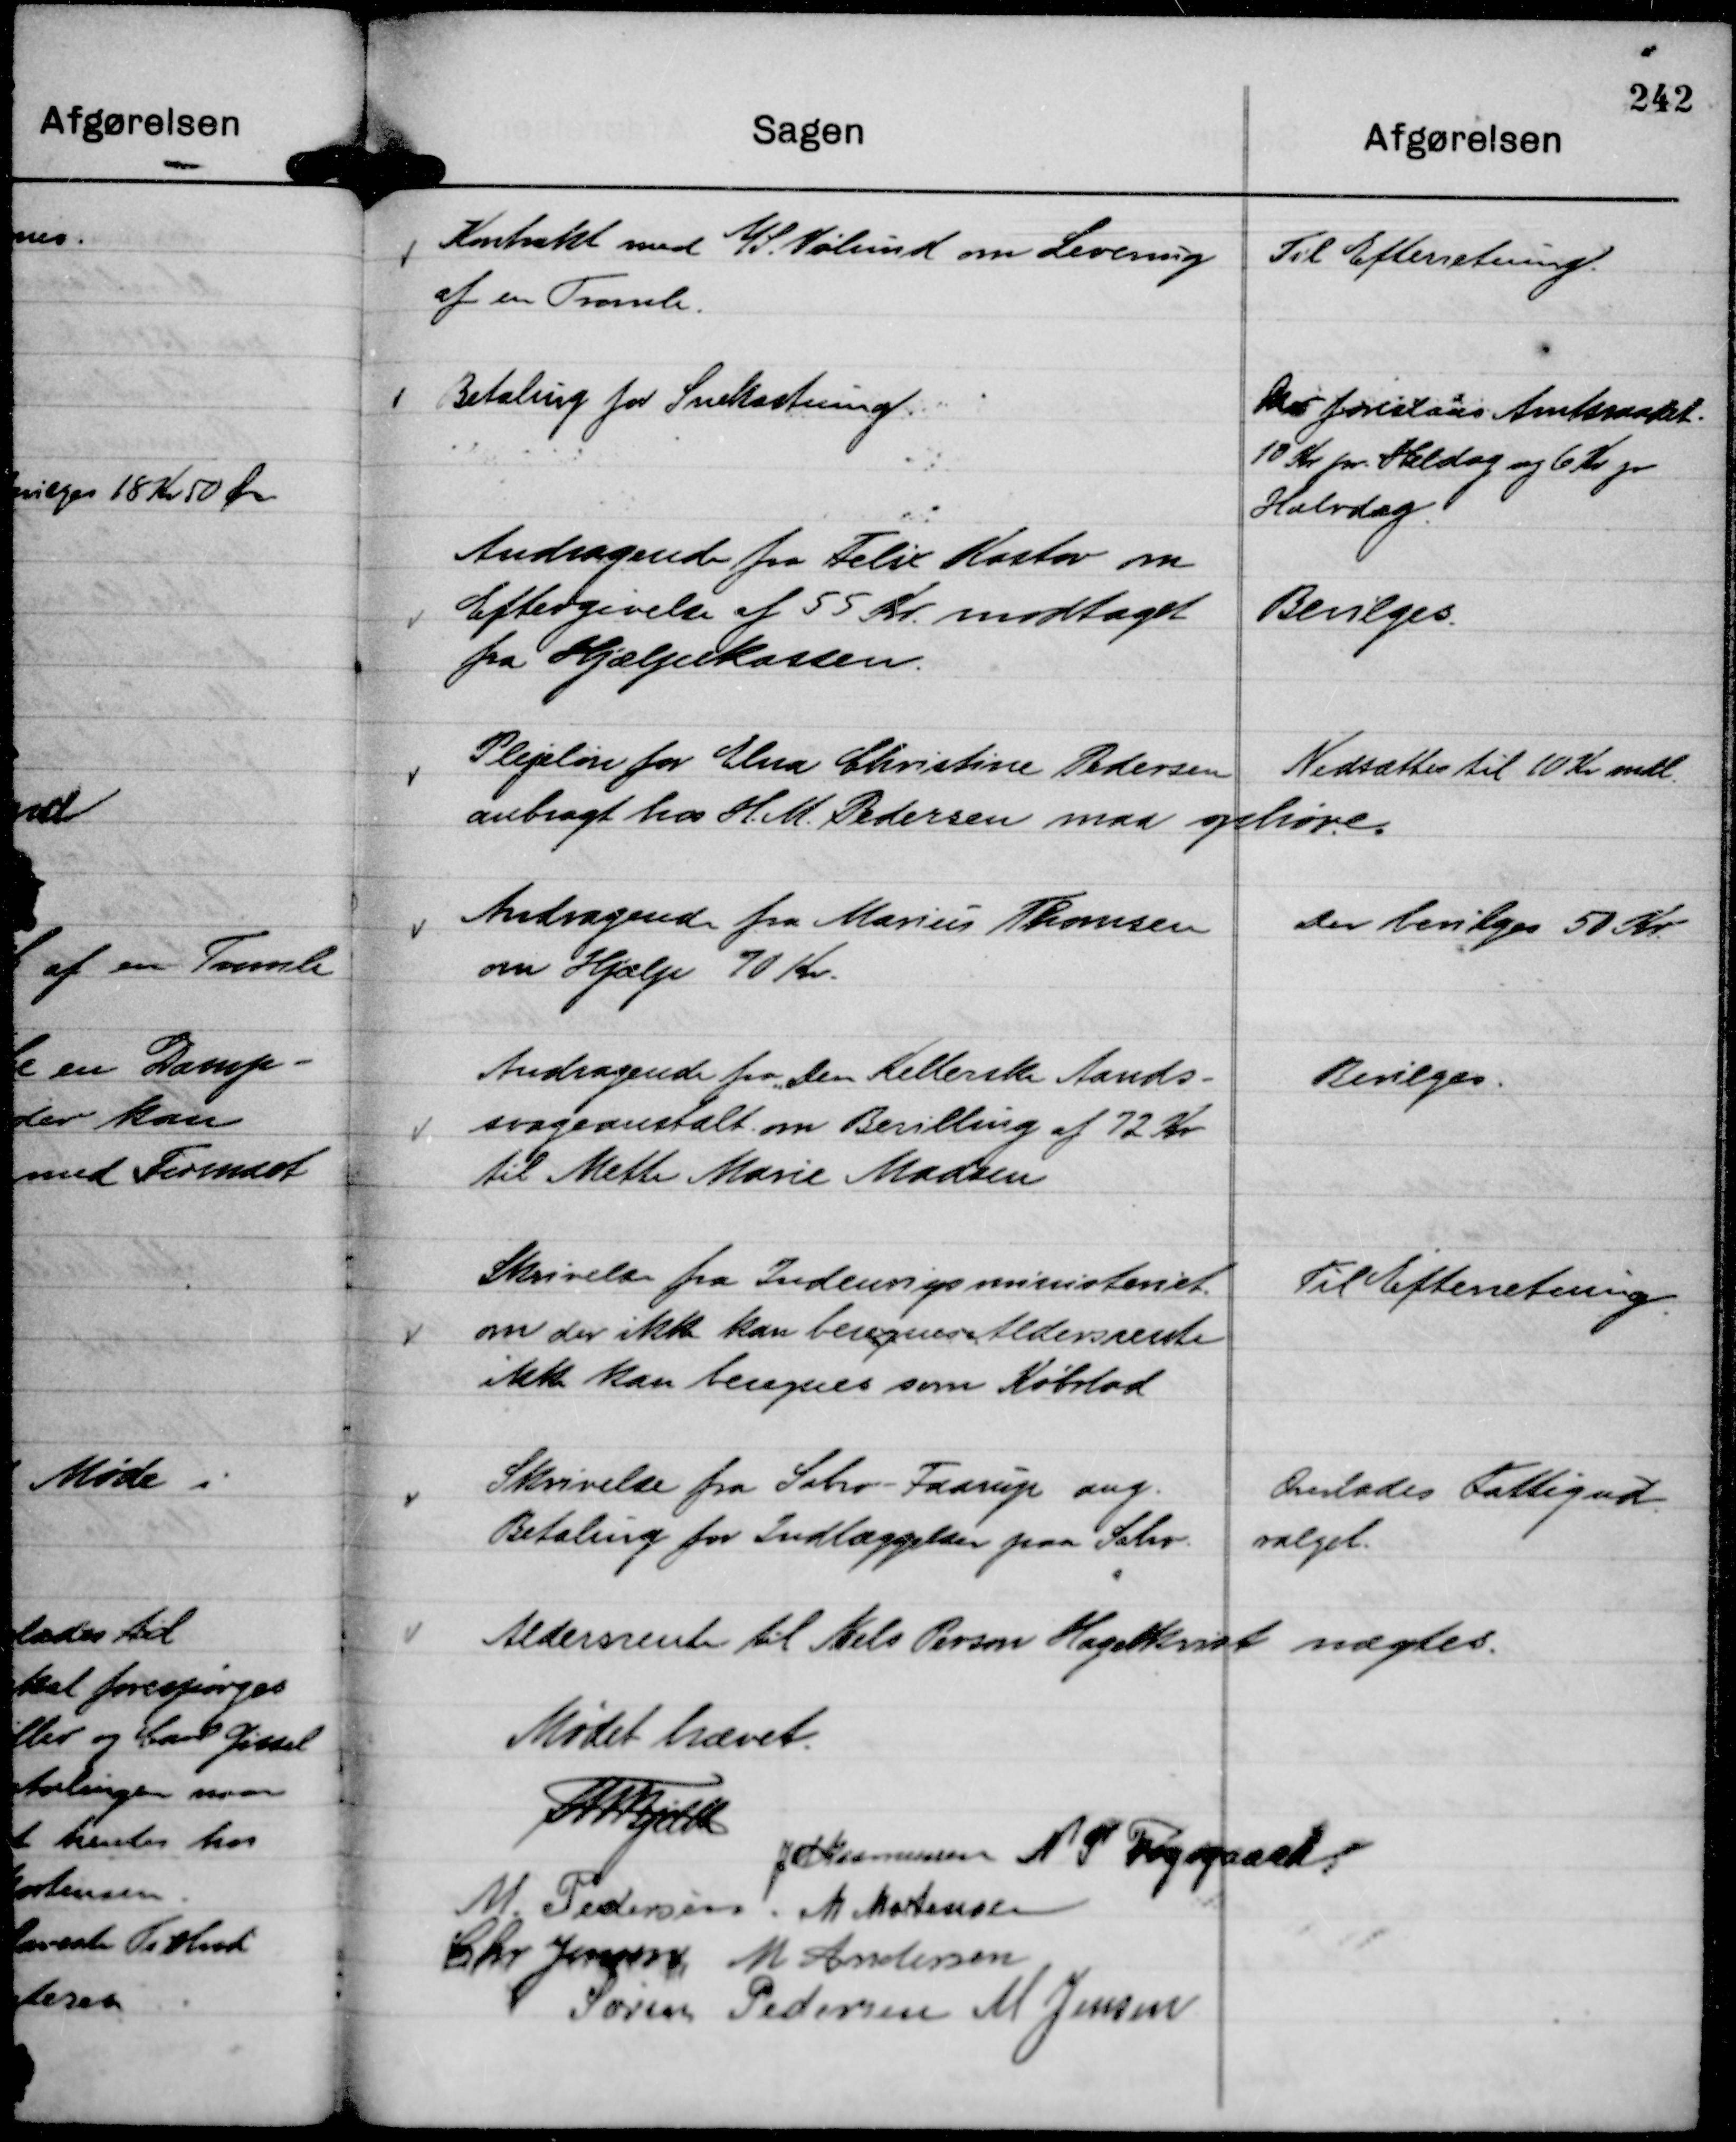
Transskription:
Kontrakt med A/S. Vølund om Levering
af en Tromle.

Til Efterretning.

Betaling for Snekastning.

Der foreslaas Amtsraadet.
10 Kr pr. Heldag og 6 Kr pr
Halvdag.

Andragende fra Felix Kostov om
Eftergivelse af 55 Kr modtaget
fra Hjælpekassen.

Bevilges.

Plejeløn for Elna Christine Pedersen
anbragt hos H. M. Pedersen maa ophøre.

Nedsættes til 10 Kr mdl.

Andragende fra Marius Thomsen
om Hjælp 70 Kr.

Der bevilges 50 Kr.

Andragende fra "Den Kellerske Aands-
svageanstalt. om Bevilling af 72 Kr
til Mette Marie Madsen

Bevilges.

Skrivelse fra Indenrigsministeriet
om der ikke kan beregnes Aldersrente
ikke kan beregnes som Købstad

Til Efterretning.

Skrivelse fra Sabro - Faarup ang.
Betaling for Indlæggelser paa Sabro.

Overlades Fattigud-
valget.

Aldersrente til Niels Person Hagelkvist

nægtes.

Mødet hævet.
Th Bjelke
JM Rasmussen
N P Fogsgaard
M Pedersen.
M Mortensen
Chr Jensen
M Mortensen
Søren Pedersen
M Jensen